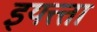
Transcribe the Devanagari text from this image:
इयत्त्ता